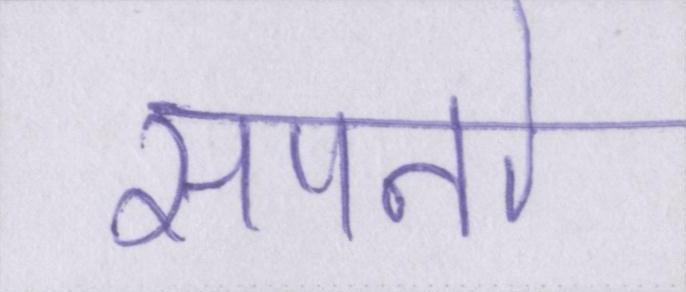
सपनो